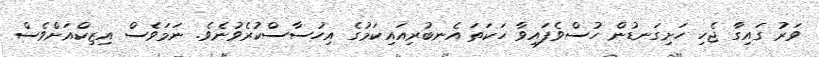
ވަރު ގައިގާ ޖެހި ހަށިގަނޑުން ހުސްވެފައިވާ ހަކަތަ އެނބުރިއައިކަމުގެ އިހުސާސްކުރެވުނެވެ. ނަމަވެސް އިޒިކްއަށްވެސް